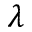
\lambda